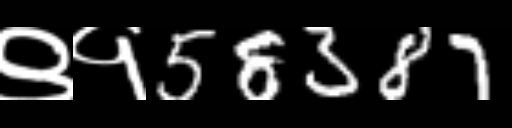
Text: ९१58387